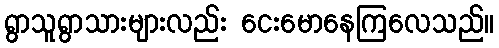
ရွာသူရွာသားများလည်း ငေးမောနေကြလေသည်။